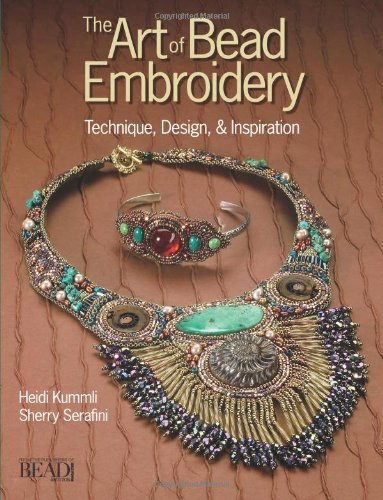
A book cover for The Art of Bead Embroidery; Heidi Kummli; Crafts, Hobbies & Home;